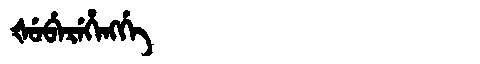
Manchu: ᡧᡠᠪᡝᡵᡝᡥᡝᠩᡤᡝ
Romanization: ŠUBEREHENGGE